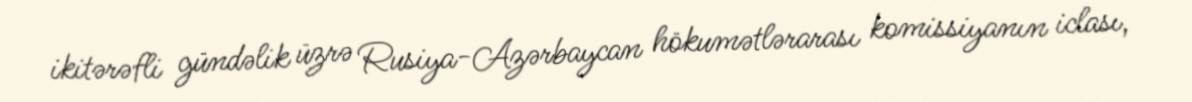
ikitərəfli gündəlik üzrə Rusiya-Azərbaycan hökumətlərarası komissiyanın iclası,